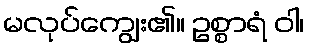
မလုပ်ကျွေး၏။ ဥစ္စာရံ ဝါ၊